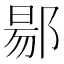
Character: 𬪌